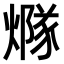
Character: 𤏢